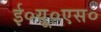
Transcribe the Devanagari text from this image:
ई०यू०एस०